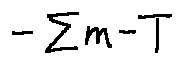
- \sum m - T